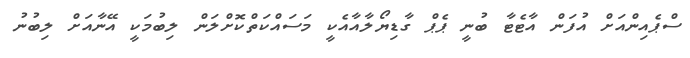
ސްޕެއިންއަށް އުފަން އާޓެޓާ ބުނީ ޕެޕް ގާޑިޔޯލާއާއެކީ މަސައްކަތްކޮށްލަން ލިބުމަކީ އޭނާއަށް ލިބުނު